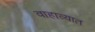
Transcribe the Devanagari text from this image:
वाहाव्यात